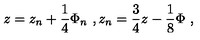
z = z _ { n } + \frac { 1 } { 4 } \Phi _ { n } \ , z _ { n } = \frac { 3 } { 4 } z - \frac { 1 } { 8 } \Phi \ ,